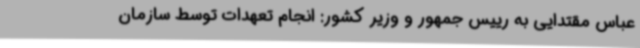
عباس مقتدایی به رییس جمهور و وزیر کشور: انجام تعهدات توسط سازمان